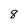
Character: 8